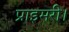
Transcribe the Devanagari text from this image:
प्राइमरी।